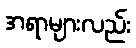
အရာများလည်း